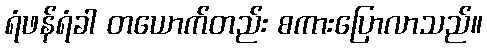
ရံဖန်ရံခါ တယောက်တည်း စကားပြောလာသည်။